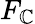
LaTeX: F_{\mathbb{C}}